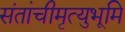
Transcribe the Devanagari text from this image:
संतांचीमृत्युभूमि